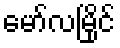
မော်လမြိုင်